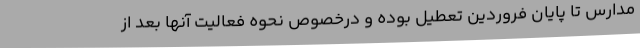
مدارس تا پایان فروردین تعطیل بوده و درخصوص نحوه فعالیت آنها بعد از